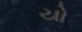
યો